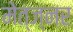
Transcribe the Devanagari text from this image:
मेत्ज्नर